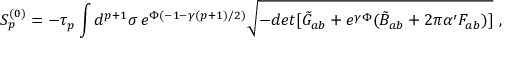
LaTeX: S _ { p } ^ { ( 0 ) } = - \tau _ { p } \int d ^ { p + 1 } \sigma \, e ^ { \Phi ( - 1 - \gamma ( p + 1 ) / 2 ) } \sqrt { - d e t [ \tilde { G } _ { a b } + e ^ { \gamma \Phi } ( \tilde { B } _ { a b } + 2 \pi \alpha ^ { \prime } F _ { a b } ) ] } ~ ,